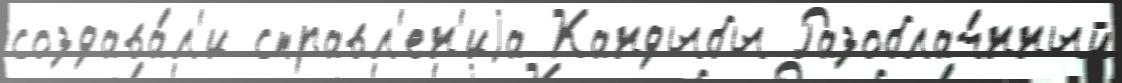
создава́л'и справл'ен'иjа Кандыбы Разоблач́нный